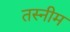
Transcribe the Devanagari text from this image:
तस्नीम